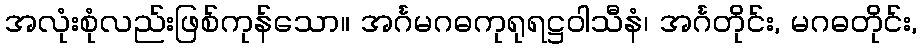
အလုံးစုံလည်းဖြစ်ကုန်သော။ အင်္ဂမဂဓကုရုရဋ္ဌဝါသီနံ၊ အင်္ဂတိုင်း, မဂဓတိုင်း,